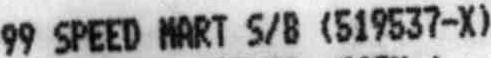
99 SPEED MART S/B (519537-X)